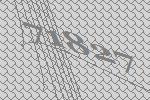
71827